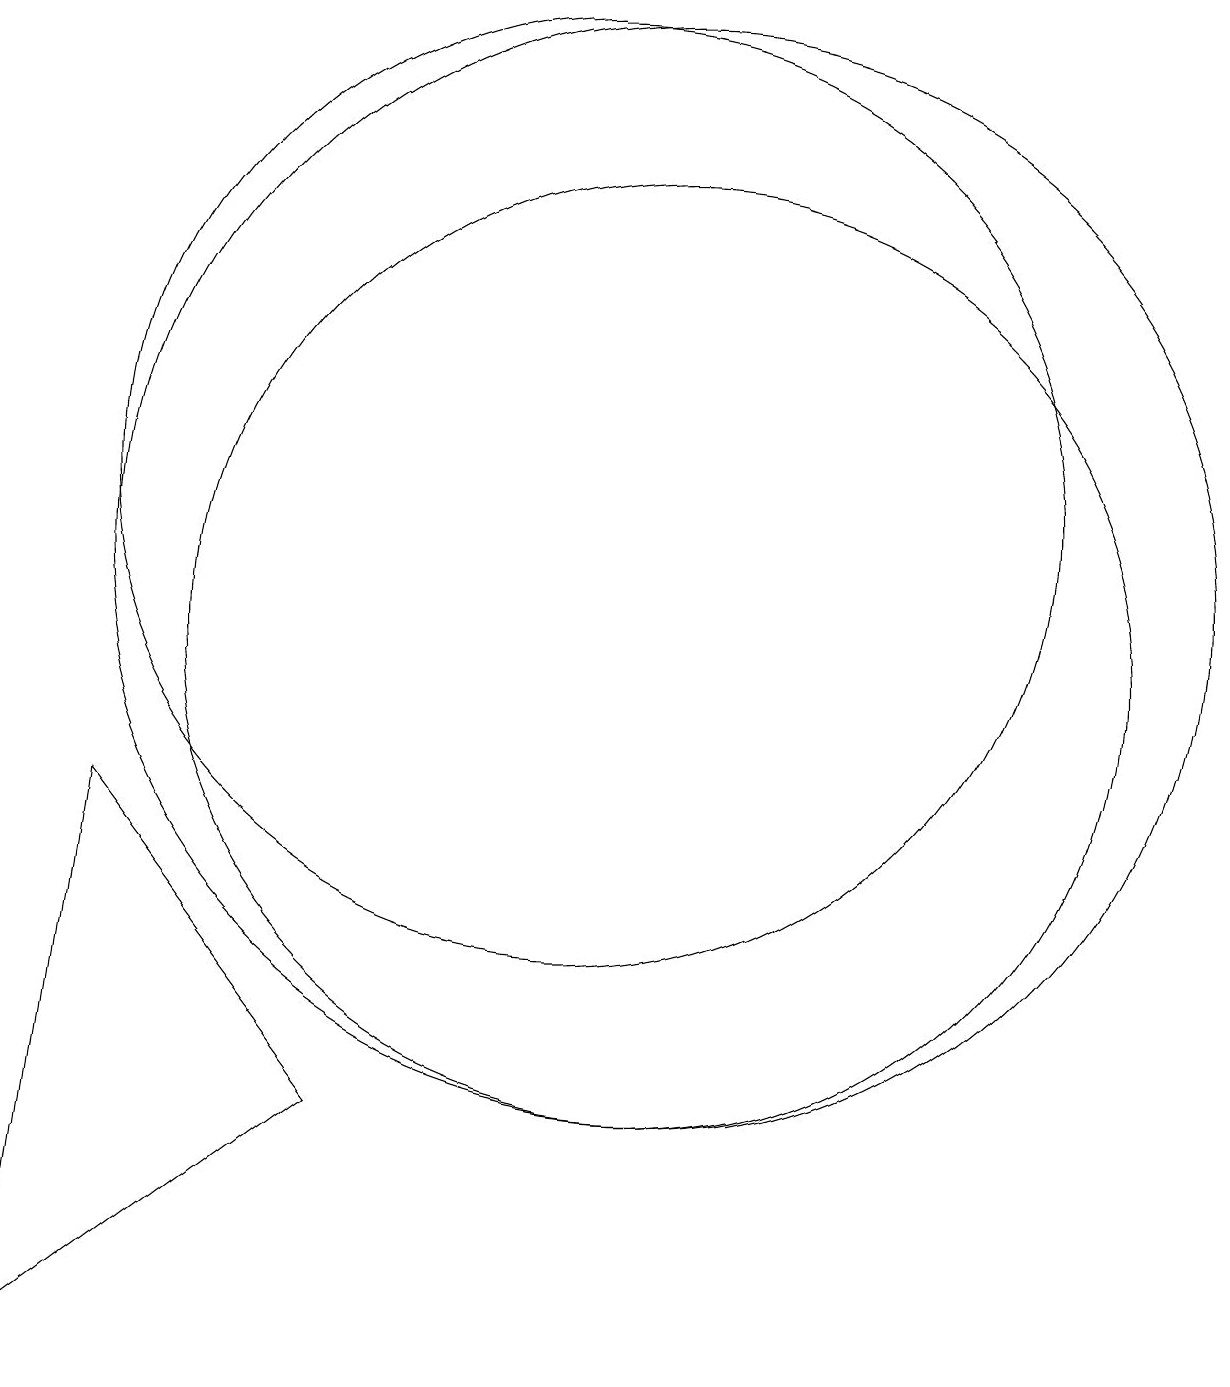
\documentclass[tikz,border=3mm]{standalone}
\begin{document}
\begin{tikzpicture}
\draw (11,10) circle (6);
\draw (3,1) -- (7,4) -- (4,8) -- cycle;
\draw (10,12) circle (6);
\draw (11,11) circle (7);
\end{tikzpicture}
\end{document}